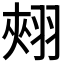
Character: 𮋄